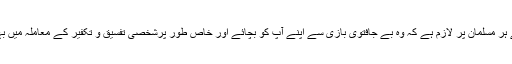
ان فرامین رسول کو مدنظر رکھتے ہوئے ہر مسلمان پر لازم ہے کہ وہ بے جافتویٰ بازی سے اپنے آپ کو بچائے اور خاص طور پرشخصی تفسیق و تکفیر کے معاملہ میں بہت زیادہ احتیاط کو ملحوظ خاطر رکھے۔